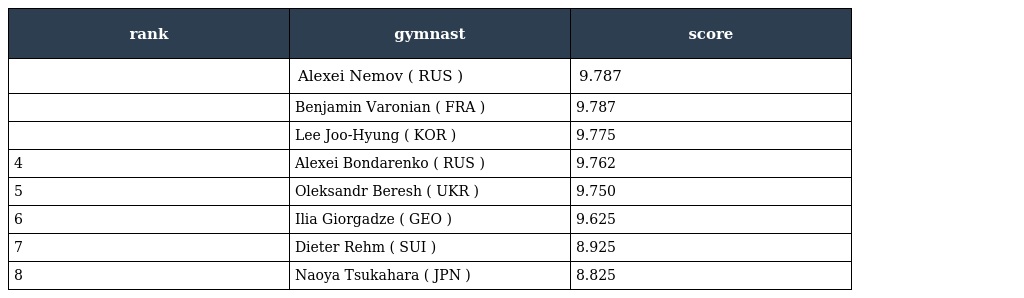
| rank | gymnast | score |
 | --- | --- | --- |
 |  | Alexei Nemov ( RUS ) | 9.787 |
 |  | Benjamin Varonian ( FRA ) | 9.787 |
 |  | Lee Joo-Hyung ( KOR ) | 9.775 |
 | 4 | Alexei Bondarenko ( RUS ) | 9.762 |
 | 5 | Oleksandr Beresh ( UKR ) | 9.750 |
 | 6 | Ilia Giorgadze ( GEO ) | 9.625 |
 | 7 | Dieter Rehm ( SUI ) | 8.925 |
 | 8 | Naoya Tsukahara ( JPN ) | 8.825 |